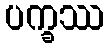
ပက္ခဿ